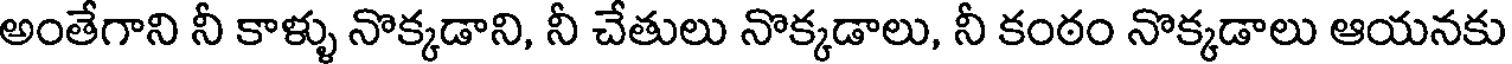
అంతేగాని నీ కాళ్ళు నొక్కడాని, నీ చేతులు నొక్కడాలు, నీ కంఠం నొక్కడాలు ఆయనకు